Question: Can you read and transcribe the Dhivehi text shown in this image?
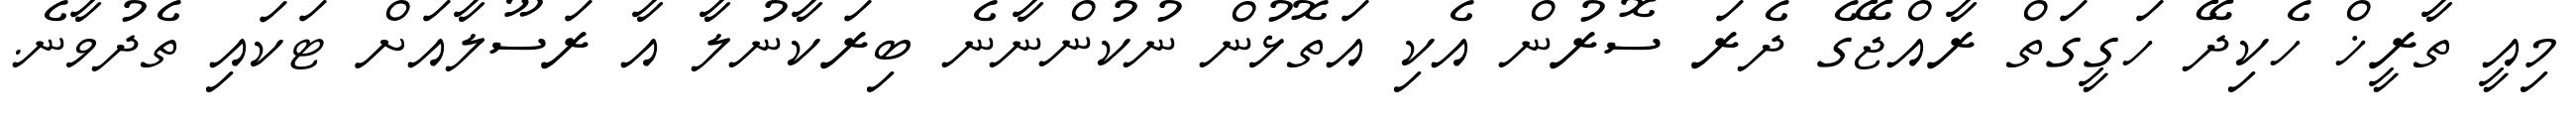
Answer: މިއީ ތާރީޚް ހެކިދޭ ހަގީގަތް ރާއްޖޭގެ ދެރަ ސޮރުން އެކި އަތޮޅުން ނުކުންނާނެ ބިރަކާނުލާ އާ ރަސޫލާއަށް ޓަކައި ތެދުވާނެ.